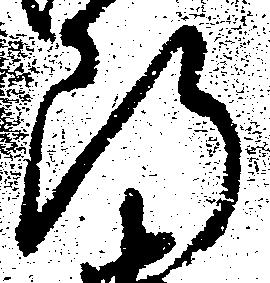
断